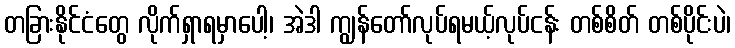
တခြားနိုင်ငံတွေ လိုက်ရှာရမှာပေါ့၊ အဲဒါ ကျွန်တော်လုပ်ရမယ့်လုပ်ငန်း တစ်စိတ် တစ်ပိုင်းပဲ၊